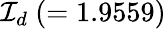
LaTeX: {\cal I}_{d}~(=1.9559)